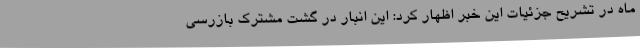
ماه در تشریح جزئیات این خبر اظهار کرد: این انبار در گشت مشترک بازرسی